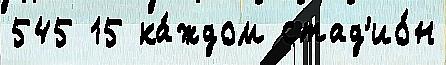
545 15 ка́ждом стад'ио́н